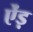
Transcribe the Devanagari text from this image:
ऐंड़